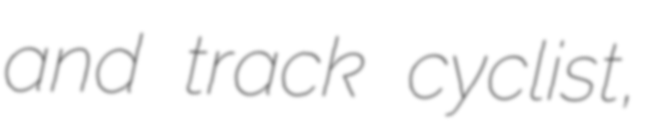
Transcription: and track cyclist,